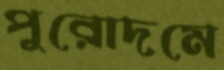
পুরোদমে